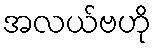
အလယ်ဗဟို